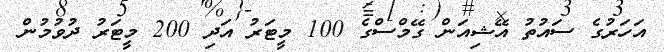
އަހަރުގެ ސައުތު އޭޝިއަން ގޭމްސްގެ 100 މީޓަރު އަދި 200 މީޓަރު ދުވުމުން